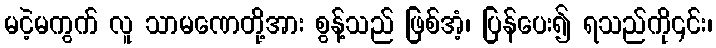
မငဲ့မကွက် လူ သာမဏေတို့အား စွန့်သည် ဖြစ်အံ့၊ ပြန်ပေး၍ ရသည်ကို၎င်း၊